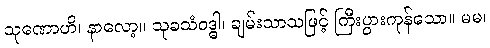
သုဏောဟိ၊ နာလော့။ သုခသံဝဒ္ဓါ၊ ချမ်းသာသဖြင့် ကြီးပွားကုန်သော။ မမ၊